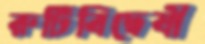
রুটিবিদ্বেষী